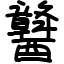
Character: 䤗